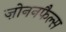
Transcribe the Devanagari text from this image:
ज़ोननफैल्स